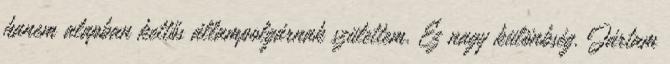
hanem alapban kettős állampolgárnak születtem. Ez nagy különbség. Jártam